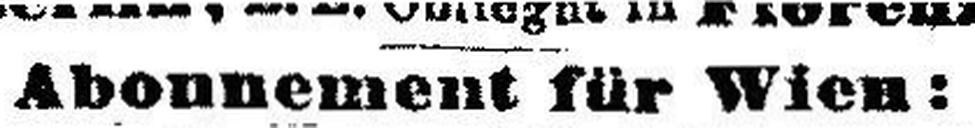
Abonnement für Wien: